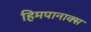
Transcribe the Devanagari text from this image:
हिमपानाक्स